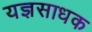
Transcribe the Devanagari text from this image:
यज्ञसाधक